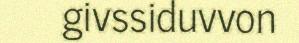
givssiduvvon